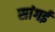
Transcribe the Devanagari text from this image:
सांगई